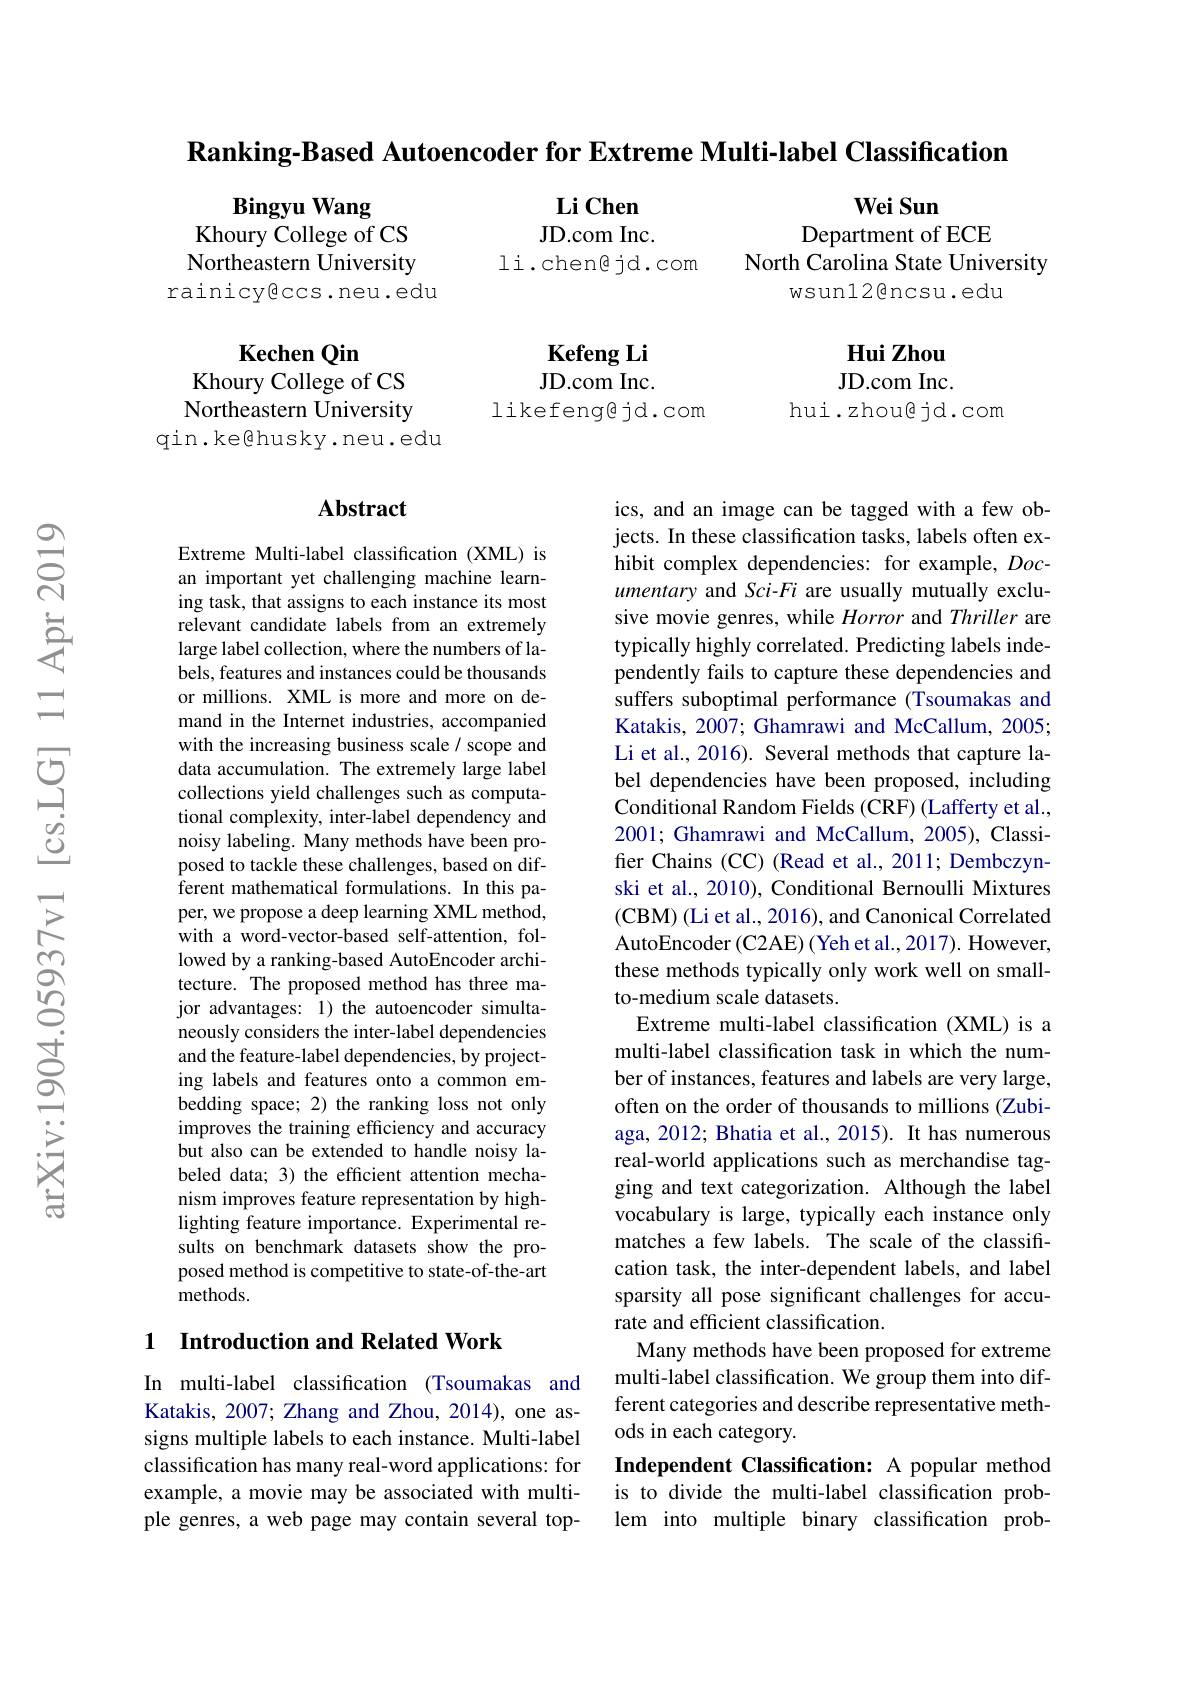
$\textbf{Ranking- Based Autoencoder for Extreme Multi- label Classification}$

Wei Sun
Department of ECE

Li Chen JD. com Inc.
li. chengjd. com

Bingyu Wang
Khoury College of CS Northeastern University rainicyêccs.neu.edu

North Carolina State University
wsun12@ncsu.edu

Kefeng Li JD. com Inc.
likefeng@jd.com

Hui Zhou JD. com Inc.
hui.zhougjd.com

Kechen Qin
Khoury College of CS Northeastern University
qin.ke@husky.neu.edu

## Abstract

Extreme Multi-label classification (XML) is an important yet challenging machine learning task, that assigns to each instance its most relevant candidate labels from an extremely large label collection, where the numbers of labels, features and instances could be thousands or millions. XML is more and more on demand in the Internet industries, accompanied with the increasing business scale / scope and data accumulation. The extremely large label collections yield challenges such as computational complexity, inter-label dependency and noisy labeling. Many methods have been proposed to tackle these challenges, based on different mathematical formulations. In this paper, we propose a deep learning XML method, with a word-vector-based self-attention, followed by a ranking-based AutoEncoder architecture. The proposed method has three major advantages: 1) the autoencoder simultaneously considers the inter-label dependencies and the feature-label dependencies, by projecting labels and features onto a common embedding space; 2) the ranking loss not only improves the training efficiency and accuracy but also can be extended to handle noisy labeled data; 3) the efficient attention mechanism improves feature representation by highlighting feature importance. Experimental results on benchmark datasets show the proposed method is competitive to state-of-the-art methods.

ics, and an image can be tagged with a few objects. In these classification tasks, labels often exhibit complex dependencies: for example, $Doc-$ umentary and Sci-Fi are usually mutually exclusive movie genres, while Horror and Thriller are typically highly correlated. Predicting labels independently fails to capture these dependencies and suffers suboptimal performance (Tsoumakas and Katakis, 2007; Ghamrawi and McCallum, 2005; Li et al., 2016). Several methods that capture label dependencies have been proposed, including Conditional Random Fields (CRF) (Lafferty et al., 2001; Ghamrawi and McCallum, 2005), Classifer Chains (CC) (Read et al., 2011; Dembczynski et al., 2010), Conditional Bernoulli Mixtures (CBM) ( Li et al. , 2016) , and Canonical Correlated AutoEncoder (C2AE) (Yeh et al., 2017). However, these methods typically only work well on smallto-medium scale datasets.
Extreme multi-label classification (XML) is a multi-label classification task in which the number of instances, features and labels are very large, often on the order of thousands to millions (Zubiaga, 2012; Bhatia et al., 2015). It has numerous real-world applications such as merchandise tagging and text categorization. Although the label vocabulary is large, typically each instance only matches a few labels. The scale of the classification task, the inter-dependent labels, and label sparsity all pose significant challenges for accurate and efficient classification.
Many methods have been proposed for extreme multi-label classification. We group them into different categories and describe representative methods in each category.
Independent Classification: A popular method is to divide the multi-label classification problem into multiple binary classification prob-

## 1 Introduction and Related Work

In multi-label classification (Tsoumakas and Katakis, 2007; Zhang and Zhou, 2014), one assigns multiple labels to each instance. Multi-label classification has many real-word applications: for example, a movie may be associated with multiple genres, a web page may contain several top-